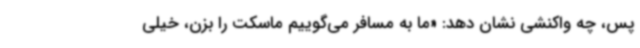
پس، چه واکنشی نشان دهد: «ما به مسافر می‌گوییم ماسکت را بزن، خیلی